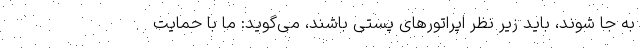
به جا شوند، باید زیر نظر اپراتورهای پستی باشند، می‌گوید: ما با حمایت